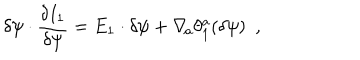
\delta \psi \cdot { \frac { \delta I _ { 1 } } { \delta \psi } } = E _ { 1 } \cdot \delta \psi + \nabla _ { \! a } \theta _ { 1 } ^ { a } ( \delta \psi ) \ \ ,